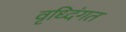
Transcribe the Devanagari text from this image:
वृध्दिंगत